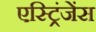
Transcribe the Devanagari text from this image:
एस्ट्रिंजेंस